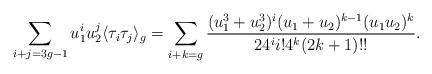
LaTeX: \begin{align*}\sum_{i+j=3g-1}u_1^iu_2^j\langle\tau_i\tau_j\rangle_g=\sum_{i+k=g}\frac{(u_1^{3}+u_2^3)^{i}(u_1+u_2)^{k-1}(u_1u_2)^{k}}{24^{i} i!4^k(2k+1)!!}.\end{align*}